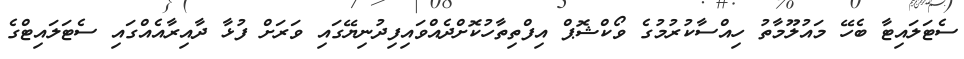
ސެޓަލައިޓާ ބެހޭ މައުލޫމާތު ހިއްސާކުރުމުގެ ވޯކްޝޮޕް އިފްތިތާހުކޮށްދެއްވައިފިދުނިޔޭގައި ވަރަށް ފުޅާ ދާއިރާއެއްގައި ސެޓަލައިޓްގެ